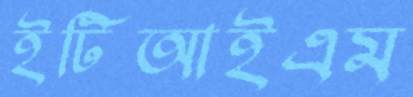
ইটিআইএম